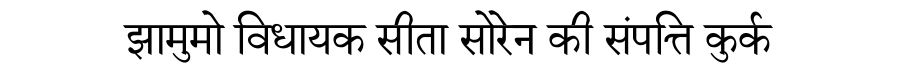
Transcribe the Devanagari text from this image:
झामुमो विधायक सीता सोरेन की संपत्ति कुर्क